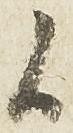
候